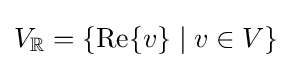
V_{\mathbb {R} }=\left\{\operatorname {Re} \{v\}\mid v\in V\right\}